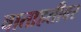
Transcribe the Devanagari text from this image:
वाताहतीवर